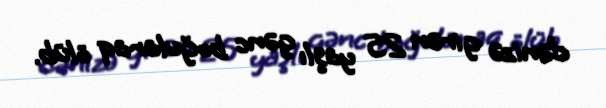
dənizə girən 25 yaşlı gənc boğularaq ölüb.